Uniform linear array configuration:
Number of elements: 48
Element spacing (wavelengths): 0.25
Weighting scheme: kaiser
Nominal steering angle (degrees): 15
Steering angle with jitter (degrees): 14.987
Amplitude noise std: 0.05
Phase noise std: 0.05

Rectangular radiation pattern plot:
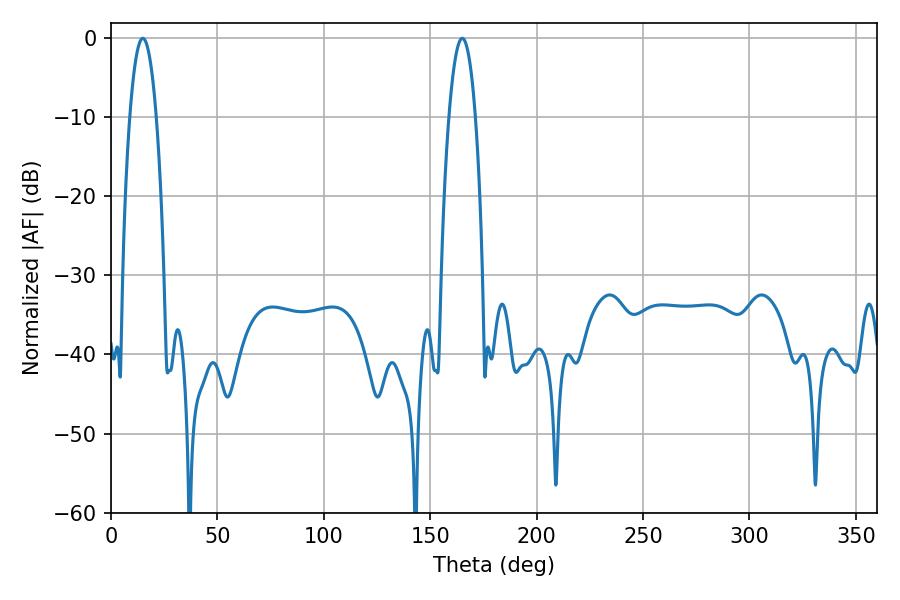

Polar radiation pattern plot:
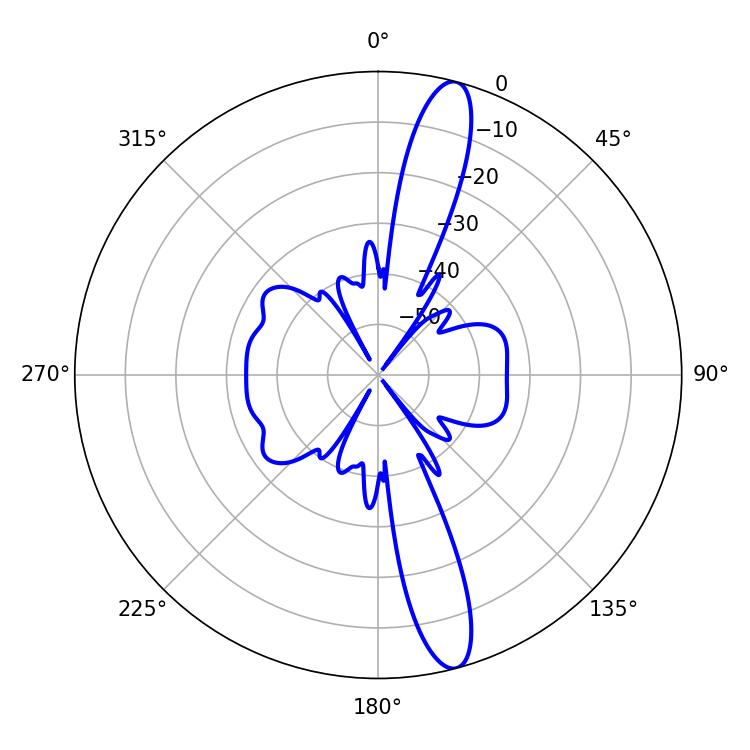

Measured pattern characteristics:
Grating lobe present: FALSE
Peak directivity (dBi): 14.783
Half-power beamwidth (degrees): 6.84
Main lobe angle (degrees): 14.94